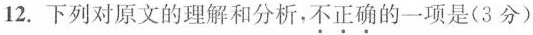
12.下列对原文的理解和分析，不正确的一项是(3 分)